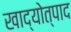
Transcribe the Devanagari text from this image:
खाद्योत्पाद